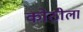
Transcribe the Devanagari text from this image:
कोठीला